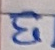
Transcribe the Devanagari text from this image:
ई